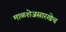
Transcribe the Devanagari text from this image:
माळशेजसारखेच